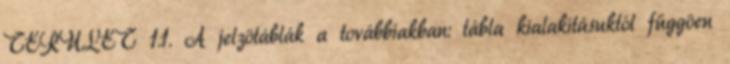
TERÜLET 1.1. A jelzõtáblák a továbbiakban: tábla kialakításuktól függõen